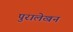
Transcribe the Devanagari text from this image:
पुरालेखन